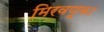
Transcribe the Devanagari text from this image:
मिरवणूका